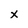
Character: x